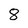
Character: 8